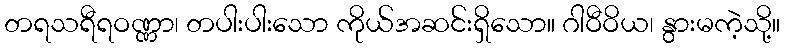
တရသရီရဝဏ္ဏာ၊ တပါးပါးသော ကိုယ်အဆင်းရှိသော။ ဂါဝီဝိယ၊ နွားမကဲ့သို့။